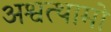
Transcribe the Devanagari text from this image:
अश्वत्थामो